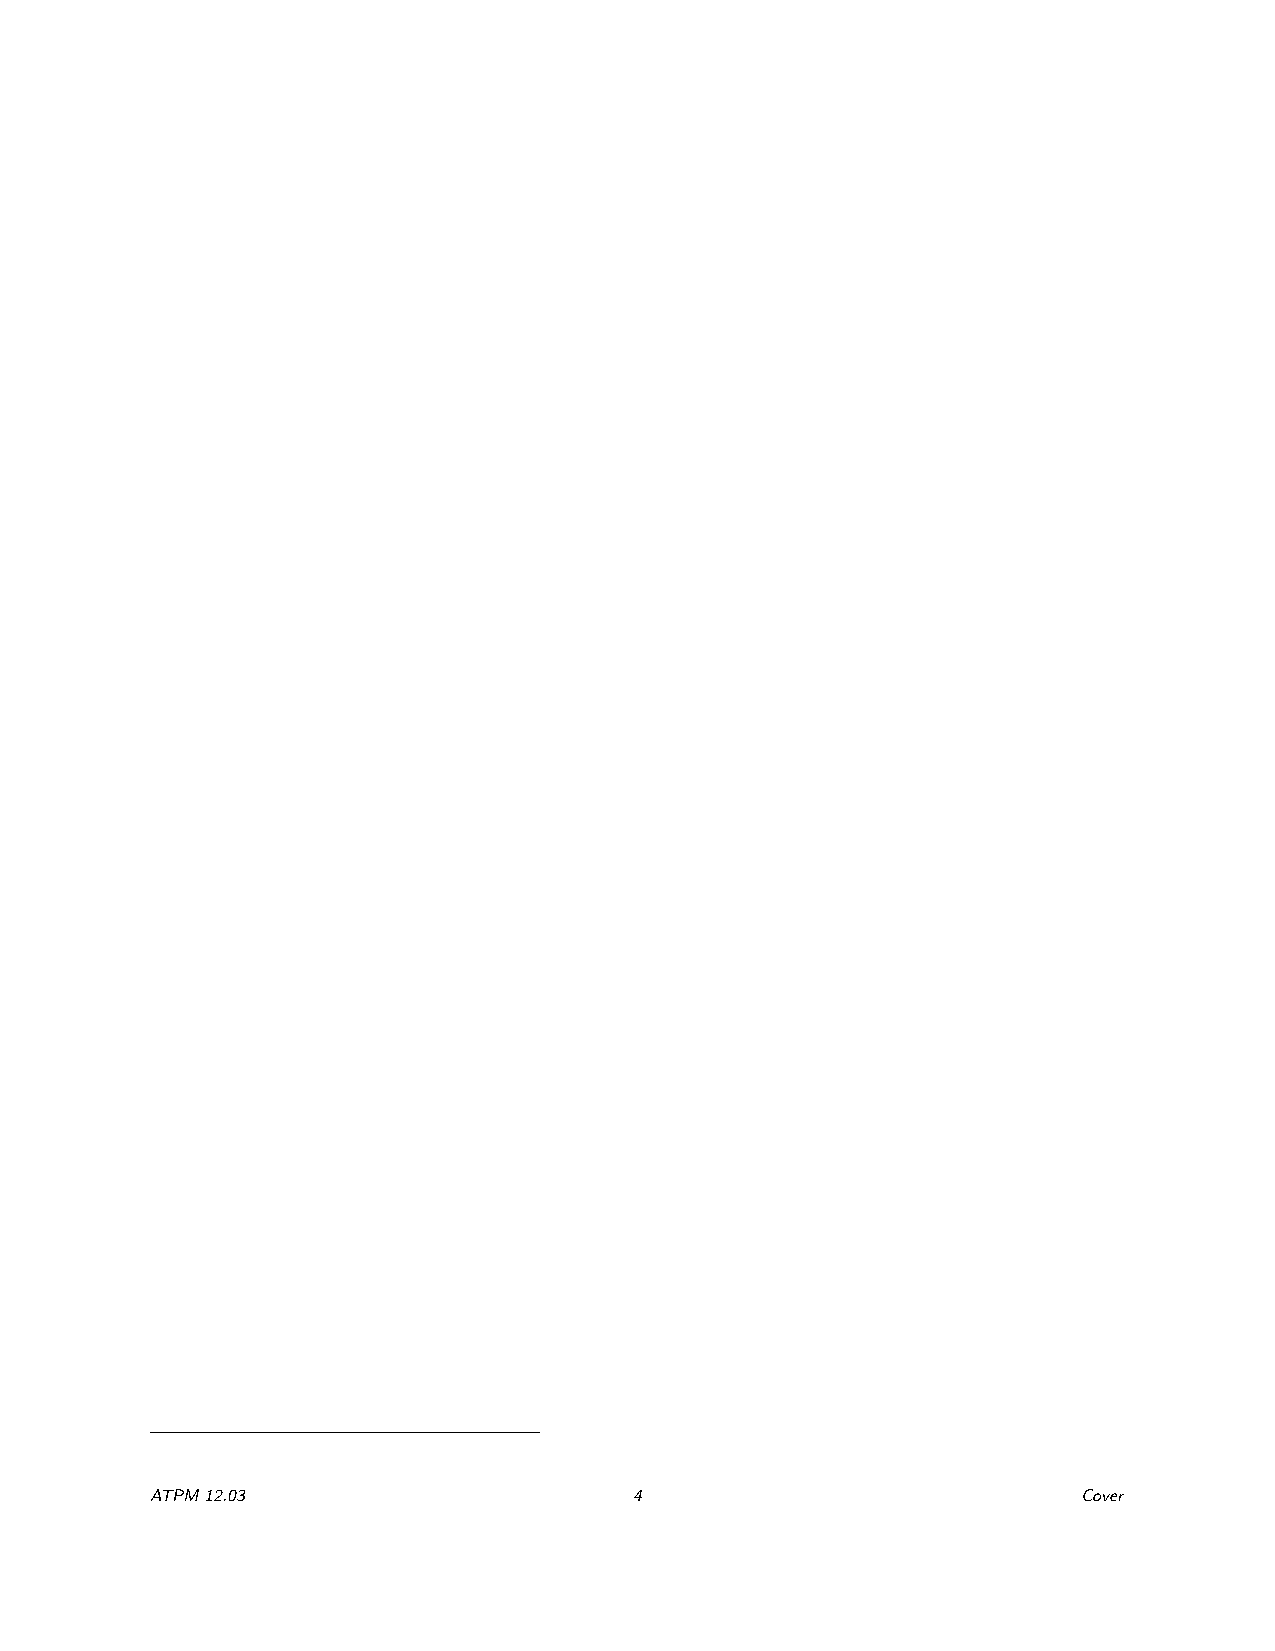
ATPM12.03                       4                             Cover